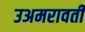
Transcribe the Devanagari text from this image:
उअमरावती